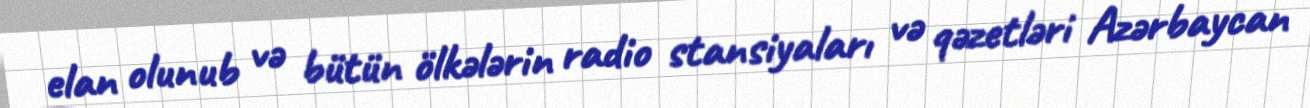
elan olunub və bütün ölkələrin radio stansiyaları və qəzetləri Azərbaycan